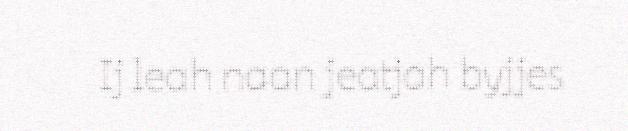
Ij leah naan jeatjah byjjes